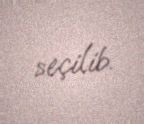
seçilib.